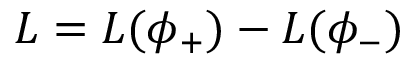
{ \cal L } = { \cal L } ( \phi _ { + } ) - { \cal L } ( \phi _ { - } )